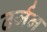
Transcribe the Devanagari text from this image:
तर्जन